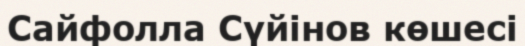
Сайфолла Сүйінов көшесі